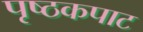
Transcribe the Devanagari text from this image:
पृष्ठकपाट